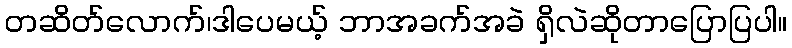
တဆိတ်လောက်၊ဒါပေမယ့် ဘာအခက်အခဲ ရှိလဲဆိုတာပြောပြပါ။